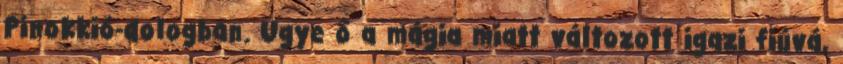
Pinokkió-dologban. Ugye ő a mágia miatt változott igazi fiúvá,